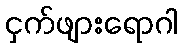
ငှက်ဖျားရောဂါ